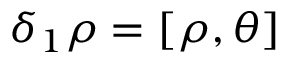
\delta _ { 1 } \rho = [ \rho , \theta ]